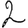
Digit: 2